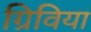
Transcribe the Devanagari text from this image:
ग्रिविया